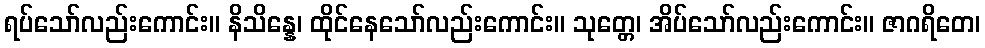
ရပ်သော်လည်းကောင်း။ နိသိန္နေ၊ ထိုင်နေသော်လည်းကောင်း။ သုတ္တေ၊ အိပ်သော်လည်းကောင်း။ ဇာဂရိတေ၊